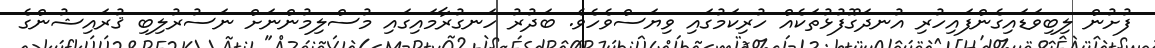
ފުށުން ލިބިވަޑައިގެންފައިހުރި އުނދަގޫފުޅުތަކެއް ހުރިކަމުގައި ވިޔަސްވެހެވެ. ބަދުރު ހަނގުރާމައިގައި މުސްލިމުންނަށް ނަސުރުލިބި ޤުރައިޝުންގެ